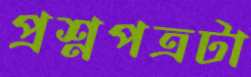
প্রশ্নপত্রটা